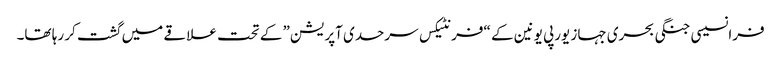
فرانسیسی جنگی بحری جہاز یورپی یونین کے “فرنٹیکس سرحدی آپریشن” کے تحت علاقے میں گشت کر رہا تھا۔